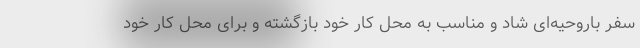
سفر باروحیه‌ای شاد و مناسب به محل کار خود بازگشته و برای محل کار خود